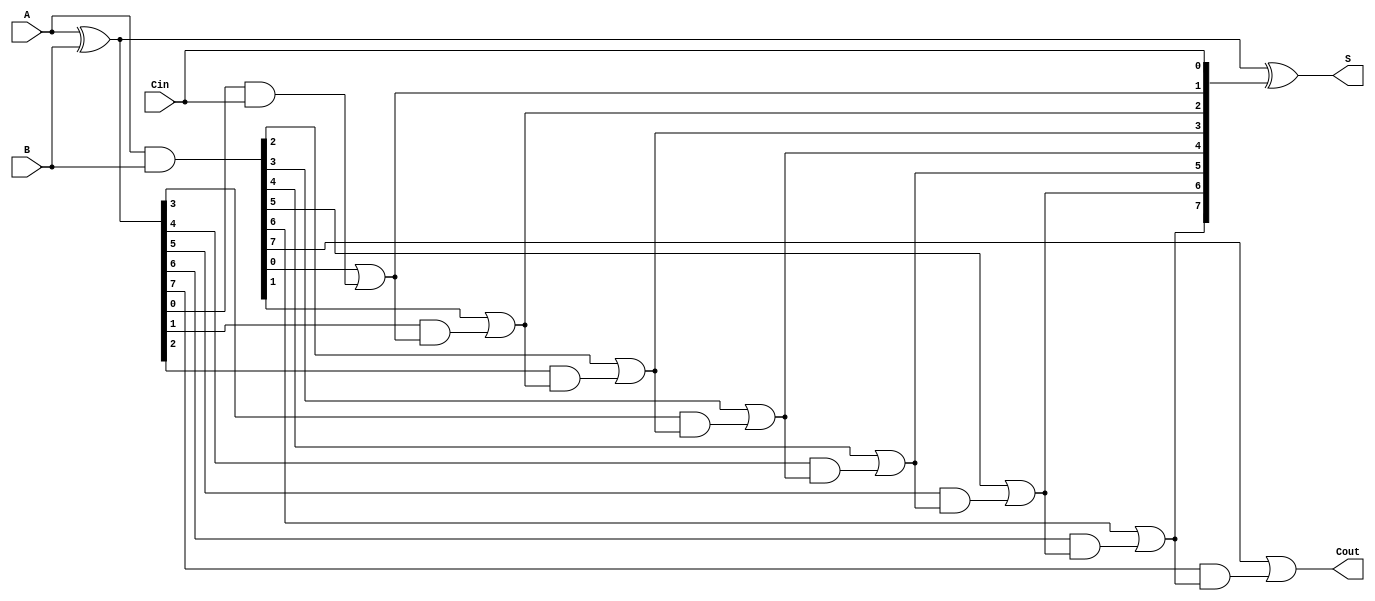
module PrecomputationCarryAdder #(
    parameter N = 8  // Parameter for the bit-width of the adder
) (
    input [N-1:0] A,      // First n-bit input
    input [N-1:0] B,      // Second n-bit input
    input Cin,            // Carry-in input
    output [N-1:0] S,     // Sum output
    output Cout           // Carry-out output
);

    wire [N-1:0] G;       // Generate signals
    wire [N-1:0] P;       // Propagate signals
    wire [N:0] C;         // Carry signals, C[0] to C[N]
    
    // Generate and propagate signals
    assign G = A & B;                     // Generate: G[i] = A[i] & B[i]
    assign P = A ^ B;                     // Propagate: P[i] = A[i] ^ B[i]
    
    // Carry Generation
    assign C[0] = Cin;                     // Initial carry-in
    genvar i;
    generate
        for (i = 1; i <= N; i = i + 1) begin : carry_gen
            assign C[i] = G[i-1] | (P[i-1] & C[i-1]);  // Carry: C[i] = G[i-1] | (P[i-1] & C[i-1])
        end
    endgenerate

    // Sum Calculation
    assign S = A ^ B ^ C[N-1:0];           // Sum: S[i] = A[i] ^ B[i] ^ C[i]
    
    // Carry-out
    assign Cout = C[N];                    // Final carry-out

endmodule